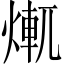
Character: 𤍆